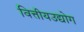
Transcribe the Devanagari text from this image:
वित्तीयउद्योग